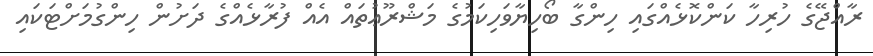
ރާއްޖޭގެ ހުރިހާ ކަންކޮޅެއްގައި ހިންގާ ބޯހިޔާވަހިކަމުގެ މަޝްރޫޢުތައް އެއް ފުރާޅެއްގެ ދަށުން ހިންގުމަށްޓަކައި